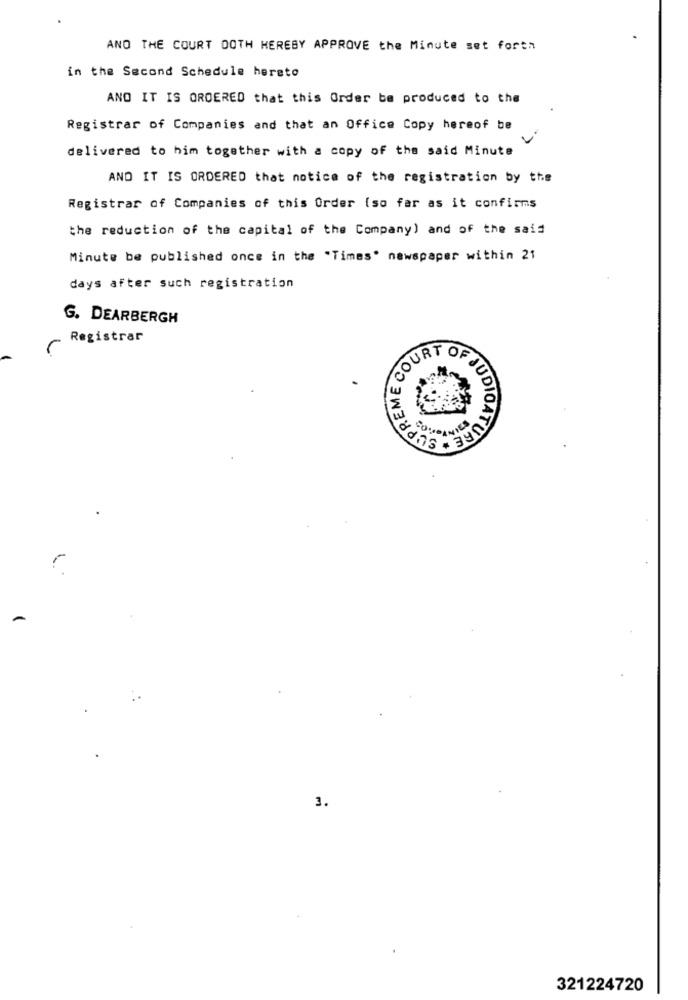
AND THE COURT OOTH HEREBY APPROVE the Minute set forth
in the Second Schedule hereto
AND IT IS ORDERED that this Order be produced to the
Registrar of Companies and that an Office Copy hereof be
C.
delivered to him together with a copy of the said Minute
AND IT IS ORDERED that notice of the registration by the
Registrar of Companies of this Order (so far as it confirms
the reduction of the capital of the Company) and of the said
Minute be published once in the "Times' newspaper within 21
days after such registration
G. DEARBERGH
Registrar
COURT OF GU
SUPREME
JDIOATUR
3.
321224720